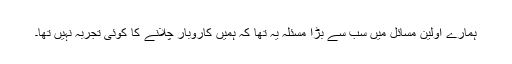
ہمارے اولین مسائل میں سب سے بڑا مسئلہ یہ تھا کہ ہمیں کاروبار چلانے کا کوئی تجربہ نہیں تھا۔